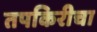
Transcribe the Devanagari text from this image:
तपकिरीचा